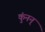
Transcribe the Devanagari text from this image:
कुंनन्